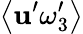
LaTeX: \left\langle\mathbf{u}^{\prime}\omega_{3}^{\prime}\right\rangle